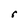
Character: r